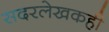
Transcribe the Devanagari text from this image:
सदरलेखकही